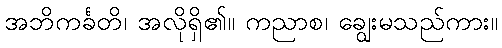
အဘိကင်္ခတိ၊ အလိုရှိ၏။ ကညာစ၊ ချွေးမသည်ကား။